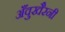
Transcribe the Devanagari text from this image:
अँवुखैरनी